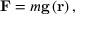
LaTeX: \mathbf { F } = m \mathbf { g } \left( \mathbf { r } \right) ,